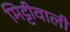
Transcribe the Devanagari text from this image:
मिट्टीवाली